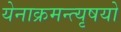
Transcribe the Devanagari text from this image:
येनाक्रमन्त्यृषयो